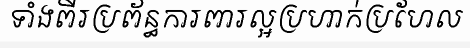
ទាំងពីរប្រព័ន្ធការពារល្អប្រហាក់ប្រហែល